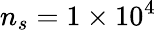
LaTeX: n_{s}=1\times 10^{4}